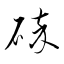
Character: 碎